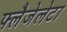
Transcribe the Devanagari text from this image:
फ्लैजेलेटा